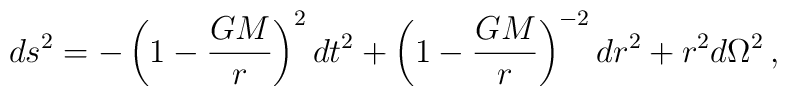
ds^{2}=-\left( 1-\frac{GM}{r}\right) ^{2}dt^{2}+\left( 1-\frac{GM}{r}\right)^{-2}dr^{2}+r^{2}d\Omega ^{2}\,,